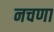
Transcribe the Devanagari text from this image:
नचणा